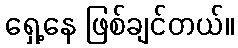
ရှေ့နေ ဖြစ်ချင်တယ်။